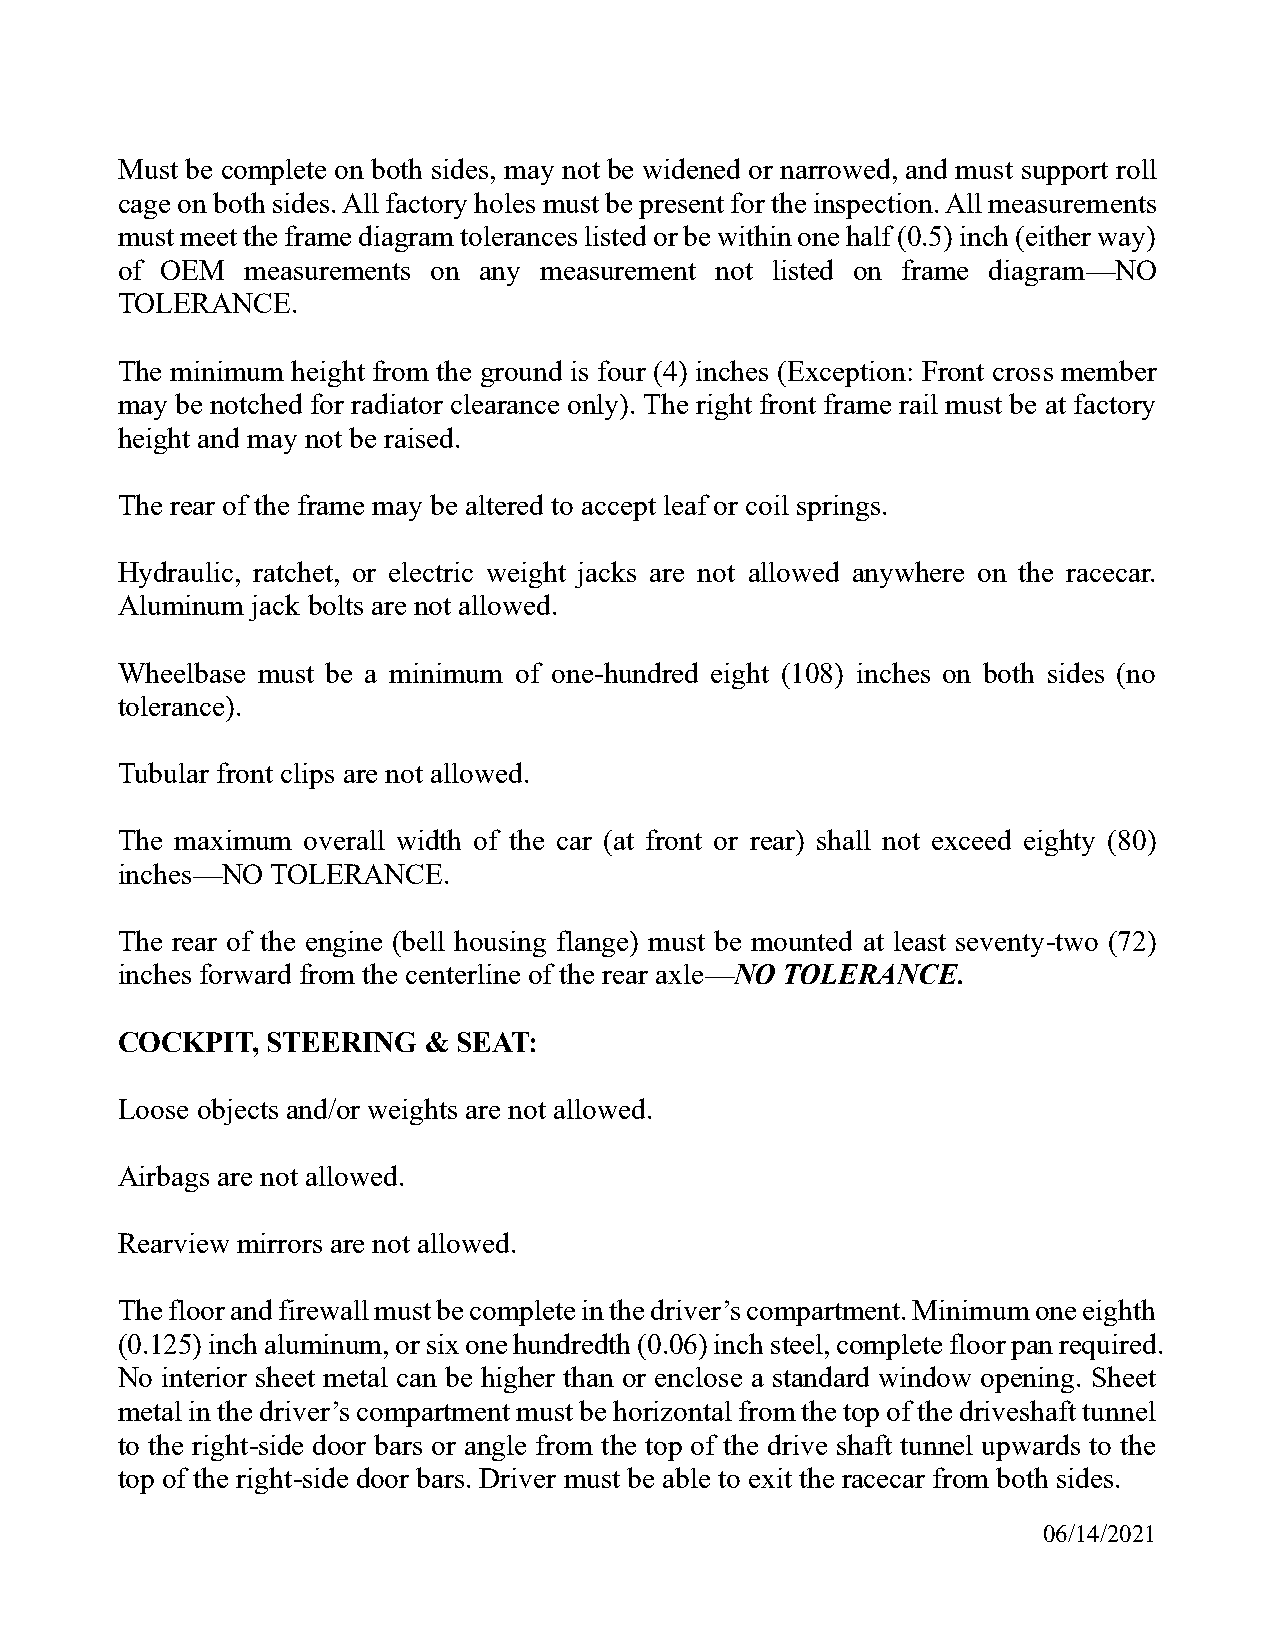
Must be complete on both sides, may not be widened or narrowed, and must support roll
 cage on both sides. All factory holes must be present for the inspection. All measurements
 must meet the frame diagram tolerances listed or be within one half (0.5) inch (either way)
 of OEM  measurements on any measurement not listed on frame diagram—NO
 TOLERANCE.
 The minimum height from the ground is four (4) inches (Exception: Front cross member
 may be notched for radiator clearance only). The right front frame rail must be at factory
 height and may not be raised.
 The rear of the frame may be altered to accept leaf or coil springs.
 Hydraulic, ratchet, or electric weight jacks are not allowed anywhere on the racecar.
 Aluminum jack bolts are not allowed.
 Wheelbase must be a minimum of one-hundred eight (108) inches on both sides (no
 tolerance).
 Tubular front clips are not allowed.
 The maximum overall width of the car (at front or rear) shall not exceed eighty (80)
 inches—NO TOLERANCE.
 The rear of the engine (bell housing flange) must be mounted at least seventy-two (72)
 inches forward from the centerline of the rear axle—NO TOLERANCE.
 COCKPIT,  STEERING  & SEAT:
 Loose objects and/or weights are not allowed.
 Airbags are not allowed.
 Rearview mirrors are not allowed.
 The floor and firewall must be complete in the driver’s compartment. Minimum one eighth
 (0.125) inch aluminum, or six one hundredth (0.06) inch steel, complete floor pan required.
 No interior sheet metal can be higher than or enclose a standard window opening. Sheet
 metal in the driver’s compartment must be horizontal from the top of the driveshaft tunnel
 to the right-side door bars or angle from the top of the drive shaft tunnel upwards to the
 top of the right-side door bars. Driver must be able to exit the racecar from both sides.
 06/14/2021